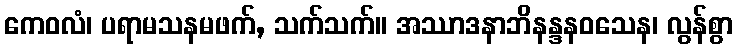
ကေဝလံ၊ ပရာမသနမဖက်, သက်သက်။ အဿာဒနာဘိနန္ဒနဝသေန၊ လွန်စွာ